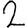
Digit: 2